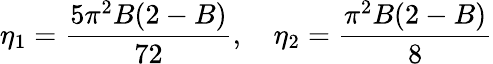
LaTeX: \eta_{1}=\frac{5\pi^{2}B(2-B)}{72},\quad\eta_{2}=\frac{\pi^{2}B(2-B)}{8}